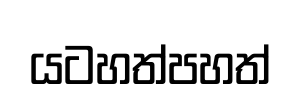
යටහත්පහත්